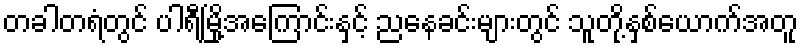
တခါတရံတွင် ပါရီမြို့အကြောင်းနှင့် ညနေခင်းများတွင် သူတို့နှစ်ယောက်အတူ